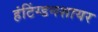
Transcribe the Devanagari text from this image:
हंटिंग्डनशायर